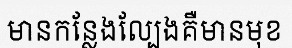
មានកន្លែងល្បែងគឺមានមុខ